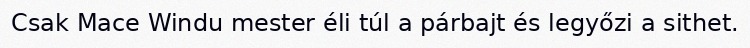
Csak Mace Windu mester éli túl a párbajt és legyőzi a sithet.